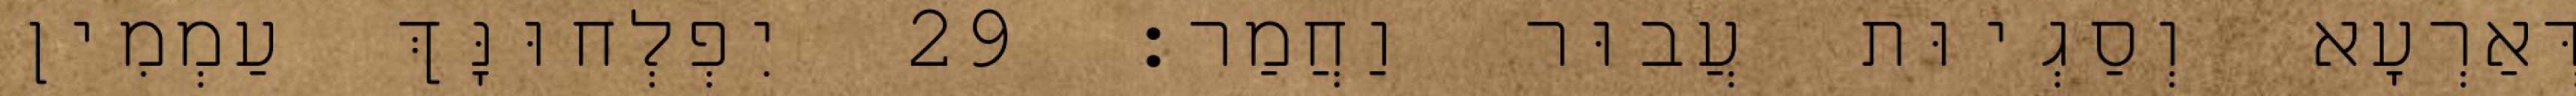
דְּאַרְעָא וְסַגְיוּת עֲבוּר וַחֲמַר׃ 29 יִפְלְחוּנָּךְ עַמְמִין